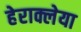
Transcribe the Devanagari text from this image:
हेराक्लेया